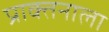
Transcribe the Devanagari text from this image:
प्राक्तनाला